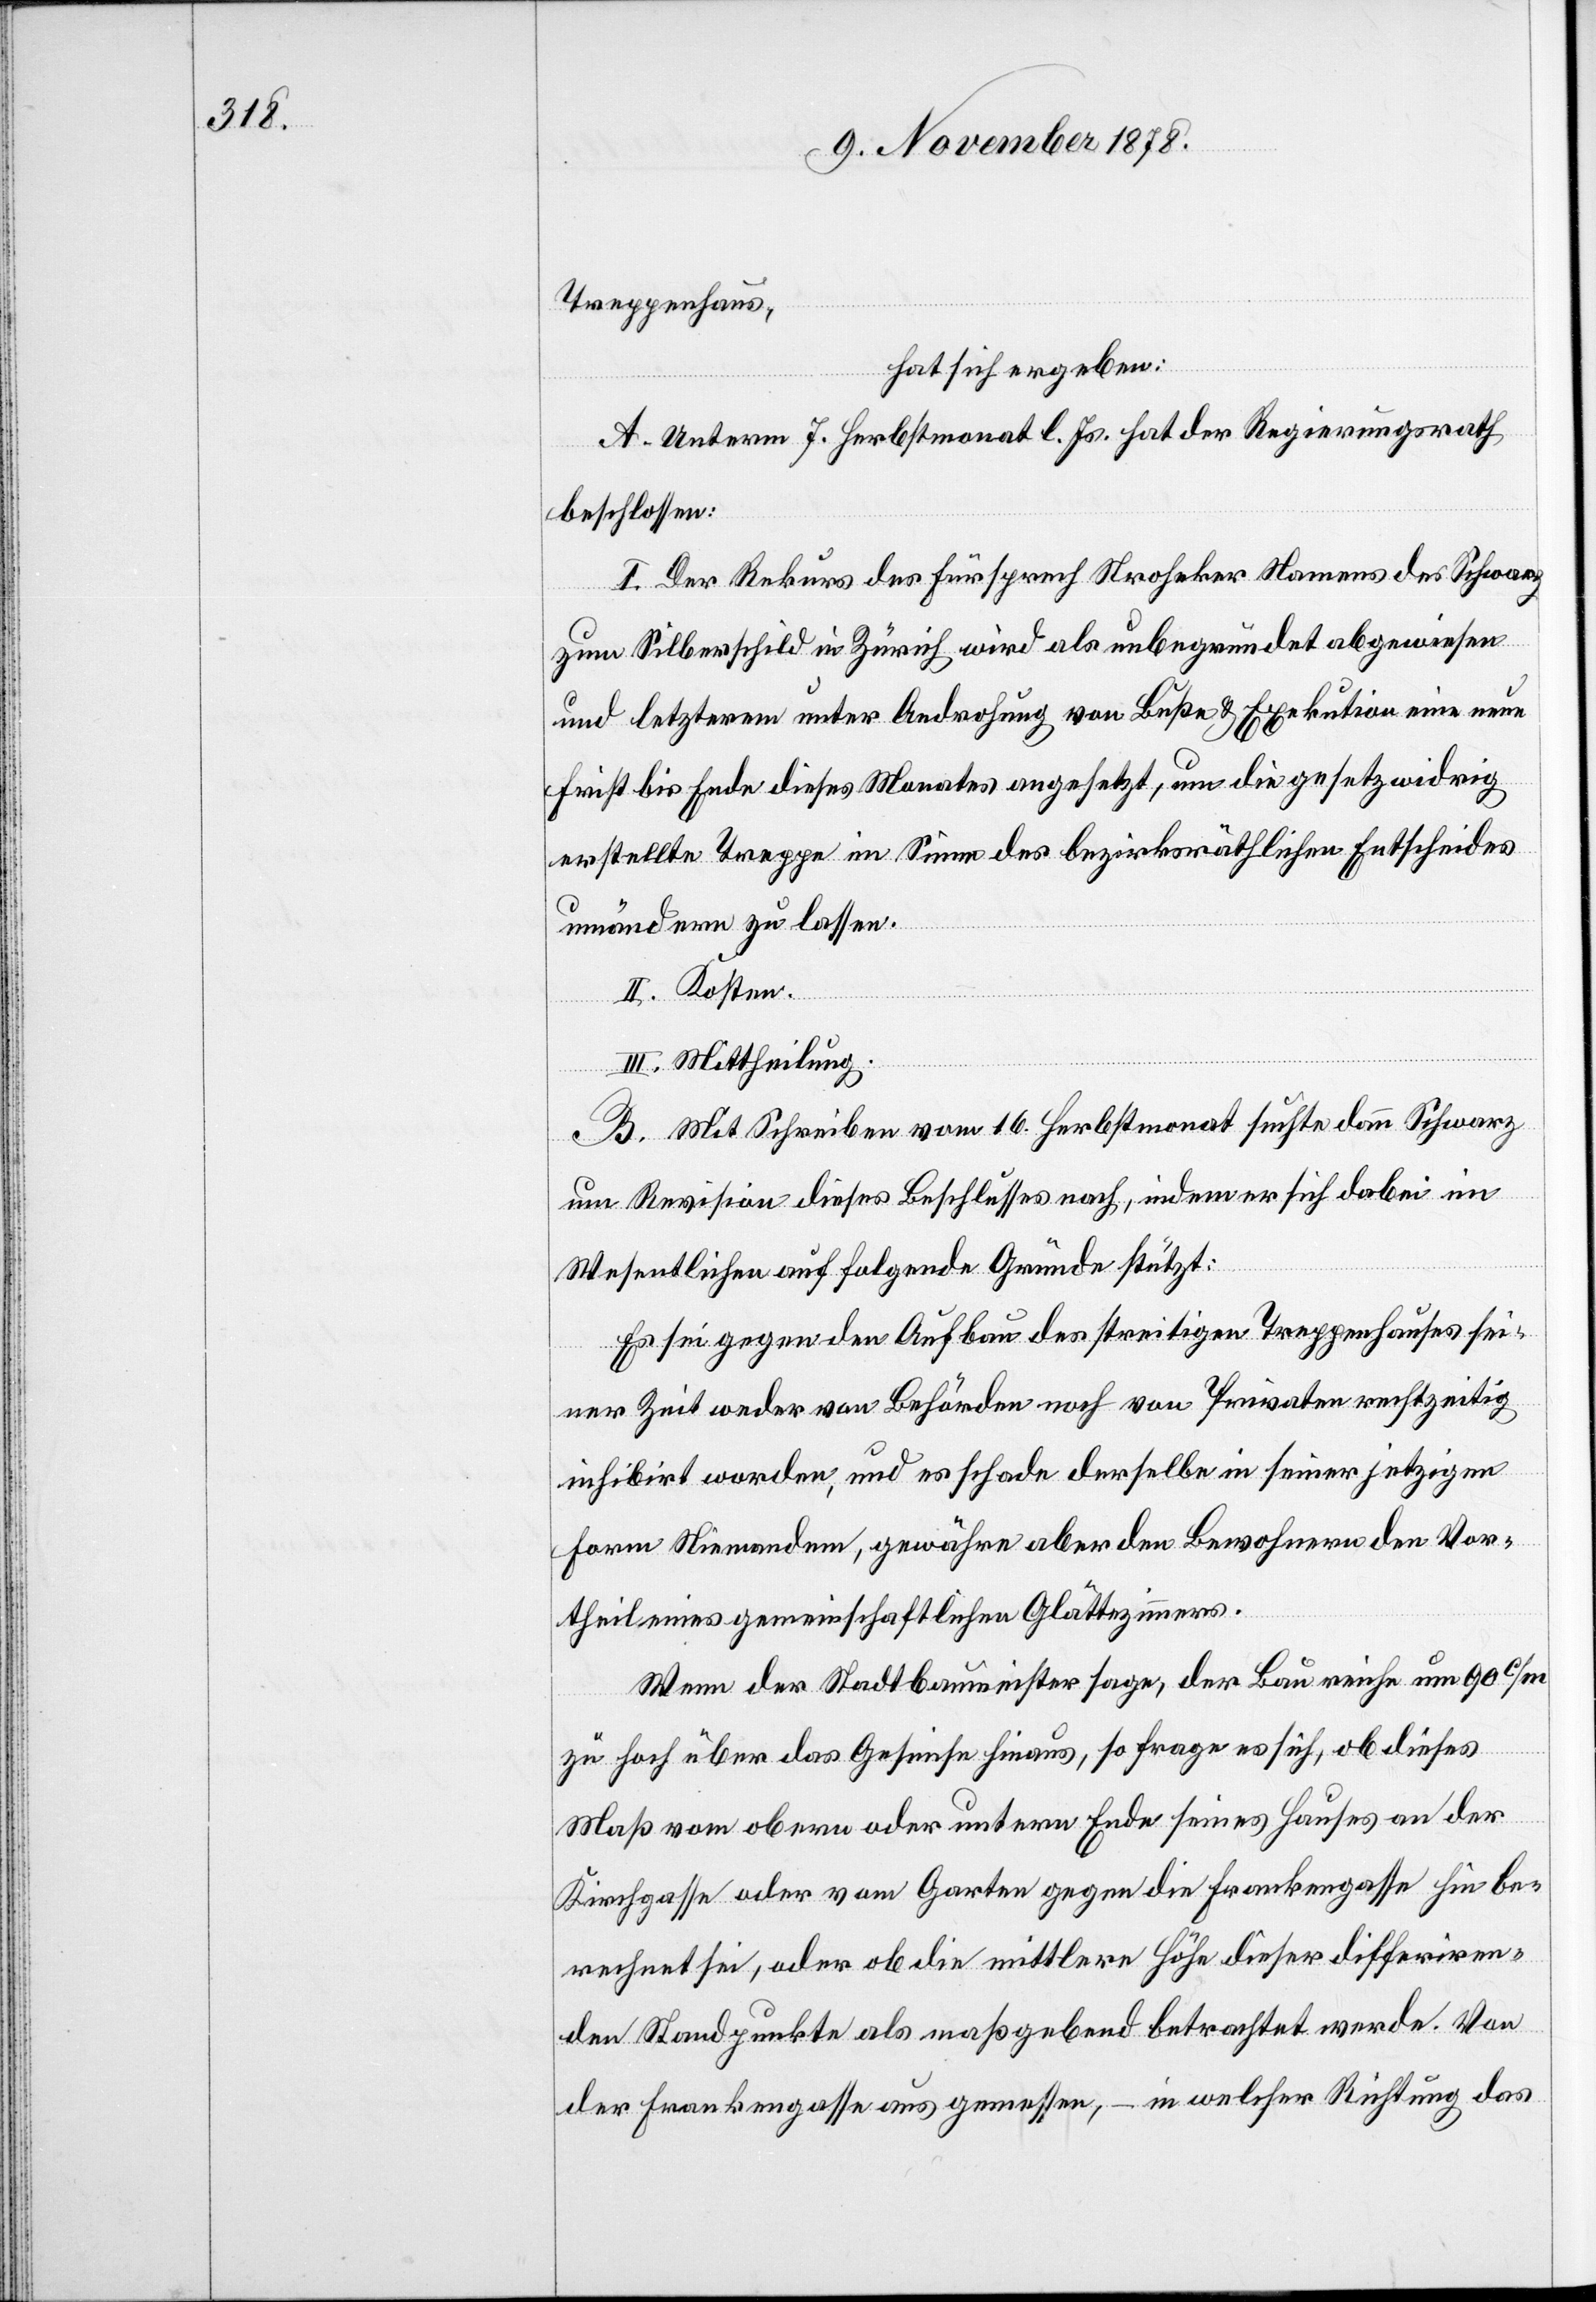
Treppenhaus,
hat sich ergeben:
A. Unterm 7. Herbstmonat l. Js. hat der Regierungsrath
beschlossen:
I. Der Rekurs des Fürsprech Stroheker Namens des Schwarz
zum Silberschild in Zürich wird als unbegründet abgewiesen
und letzterem unter Androhung von Buße & Exekution eine neue
Frist bis Ende dieses Monates angesetzt, um die gesetzwidrig
erstellte Treppe im Sinne des bezirksräthlichen Entscheides
umändern zu lassen.
II. Kosten
III. Mittheilung.
B. Mit Schreiben vom 16. Herbstmonat suchte dann Schwarz
um Revision dieses Beschlusses nach, indem er sich dabei im
Wesentlichen auf folgende Gründe stützt:
Es sei gegen den Aufbau des streitigen Treppenhauses sei¬
ner Zeit weder von Behörden noch von Privaten rechtzeitig
inhibirt worden, und es schade derselbe in seiner jetzigen
Form Niemandem, gewähre aber den Bewohnern den Vor¬
theil eines gemeinschaftlichen Glättezimmers.
Wenn der Stadtbaumeister sage, der Bau reiche um 90 c/m
zu hoch über das Gesimse hinaus, so frage es sich, ob dieses
Maß vom obern oder untern Ende seines Hauses an der
Kirchgasse oder vom Garten gegen die Frankengasse hin be¬
rechnet sei, oder ob die mittlere Höhe dieser differiren¬
den Standpunkte als maßgebend betrachtet werde. Von
der Frankengasse aus gemessen, – in welcher Richtung das